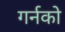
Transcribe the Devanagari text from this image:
गर्नको